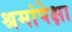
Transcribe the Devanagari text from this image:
श्रमांपेक्षा